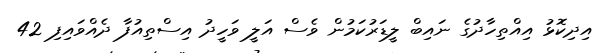
އިދިކޮޅު އިއްތިހާދުގެ ނައިބް ލީޑަރުކަމުން ވެސް އަލީ ވަހީދު އިސްތިއުފާ ދެއްވައިފި 42